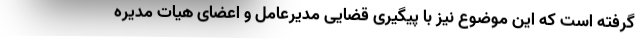
گرفته است که این موضوع نیز با پیگیری قضایی مدیرعامل و اعضای هیات مدیره